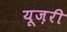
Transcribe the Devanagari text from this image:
यूज़री